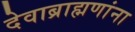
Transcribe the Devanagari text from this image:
देवाब्राह्मणांना